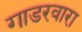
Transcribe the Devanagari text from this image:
गाडरवारा